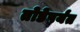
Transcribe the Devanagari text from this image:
तोडेपर्यंत